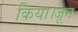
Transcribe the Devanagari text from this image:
किया।जून